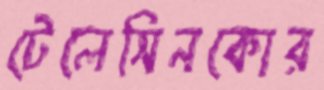
টেলেসিনকোর